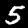
Digit: 5